画像に写った文字を読んでください
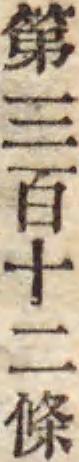
「第三百十二條」と書いてあります